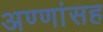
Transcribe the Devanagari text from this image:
अण्णांसह